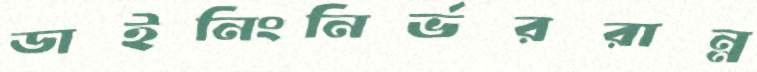
ডাইনিংনির্ভররান্ন